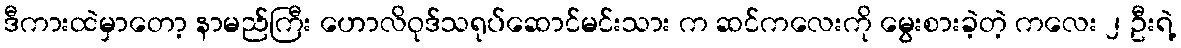
ဒီကားထဲမှာတော့ နာမည်ကြီး ဟောလိဝုဒ်သရုပ်ဆောင်မင်းသား က ဆင်ကလေးကို မွေးစားခဲ့တဲ့ ကလေး ၂ ဦးရဲ့